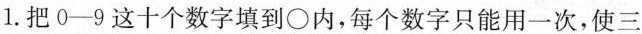
1.把0-9这十个数字填到\circ 内，每个数字只能用一次，使三